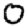
Digit: 0